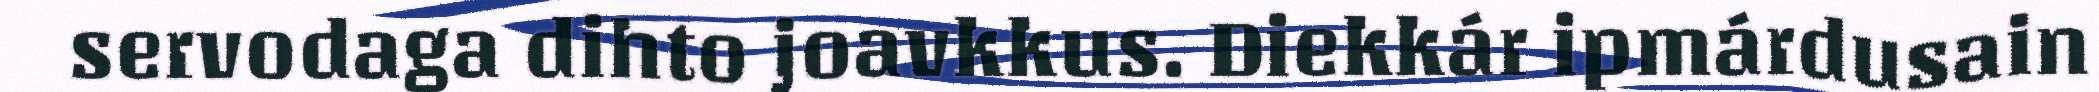
servodaga dihto joavkkus. Diekkár ipmárdusain